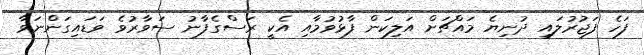
ފަހެ ފަޖުރުލައި ދުނިޔެ މައްޗަށް އަލިކަން ފާޅުވުމާއި އެކީ ރަސްގެފާނު ސަވާރުވެ ވަޑައިގަންނަވާ